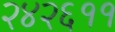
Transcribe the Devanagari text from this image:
२४२६११